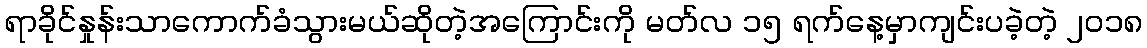
ရာခိုင်နှုန်းသာကောက်ခံသွားမယ်ဆိုတဲ့အကြောင်းကို မတ်လ ၁၅ ရက်နေ့မှာကျင်းပခဲ့တဲ့ ၂၀၁၈